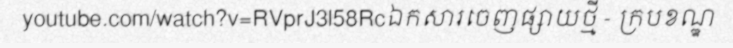
youtube.com/watch?v=RVprJ3l58Rcឯកសារចេញផ្សាយថ្មី - ក្របខណ្ឌ